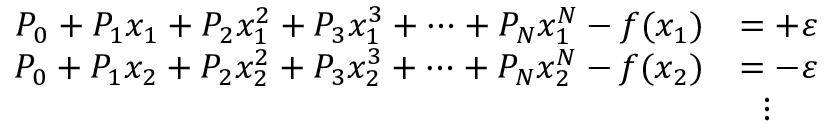
{ \begin{array} { r l } { P _ { 0 } + P _ { 1 } x _ { 1 } + P _ { 2 } x _ { 1 } ^ { 2 } + P _ { 3 } x _ { 1 } ^ { 3 } + \dots + P _ { N } x _ { 1 } ^ { N } - f ( x _ { 1 } ) } & { = + \varepsilon } \\ { P _ { 0 } + P _ { 1 } x _ { 2 } + P _ { 2 } x _ { 2 } ^ { 2 } + P _ { 3 } x _ { 2 } ^ { 3 } + \dots + P _ { N } x _ { 2 } ^ { N } - f ( x _ { 2 } ) } & { = - \varepsilon } \\ & { \ \ \vdots } \end{array} }